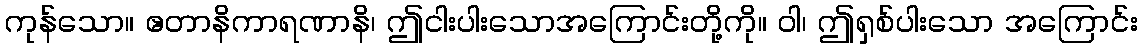
ကုန်သော။ ဧတာနိကာရဏာနိ၊ ဤငါးပါးသောအကြောင်းတို့ကို။ ဝါ၊ ဤရှစ်ပါးသော အကြောင်း